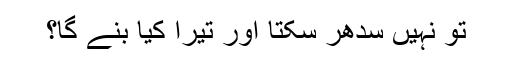
تو نہیں سدھر سکتا اور تیرا کیا بنے گا؟